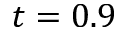
t = 0 . 9